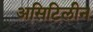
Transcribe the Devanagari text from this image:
असिटिलीन